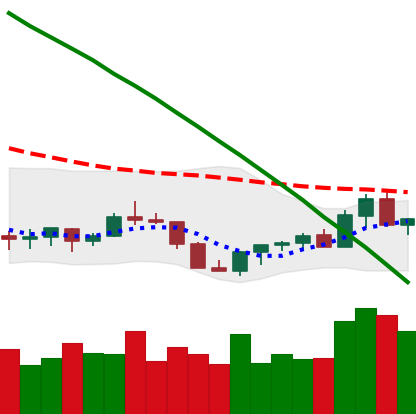
Ticker: XLM-USD
Chart end date: 2022-07-21
Forward return: -7.121%
Label: down_7plus